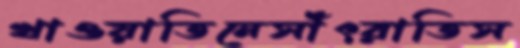
খাওয়াতিনেসাঁৎরাতিস